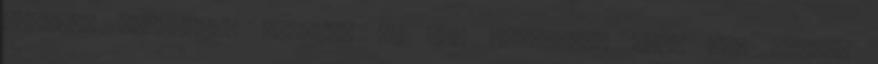
járvány elragadta nővérét és két törvényes fiát is. Halála